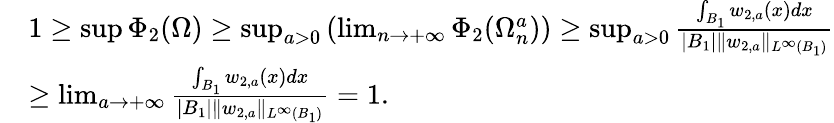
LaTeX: \begin{array}{rl}&{1\ge\operatorname*{sup}\Phi_{2}(\Omega)\ge\operatorname*{sup}_{a>0}\left(\operatorname*{lim}_{n\to+\infty}\Phi_{2}(\Omega_{n}^{a})\right)\ge\operatorname*{sup}_{a>0}\frac{\int_{B_{1}}w_{2,a}(x)dx}{|B_{1}|\| w_{2,a}\| _{L^{\infty}(B_{1})}}}\\ &{\ge\operatorname*{lim}_{a\to+\infty}\frac{\int_{B_{1}}w_{2,a}(x)dx}{|B_{1}|\| w_{2,a}\| _{L^{\infty}(B_{1})}}=1.}\end{array}